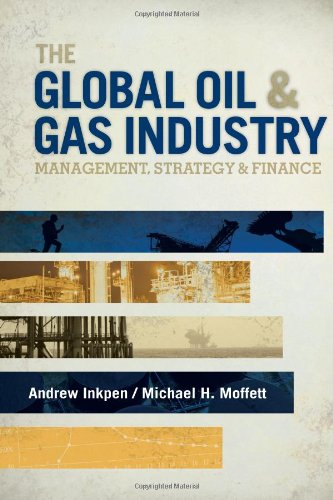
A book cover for The Global Oil & Gas Industry: Management, Strategy and Finance; Andrew Inkpen; Engineering & Transportation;